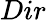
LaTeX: Dir